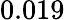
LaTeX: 0.019